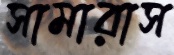
সামারাস